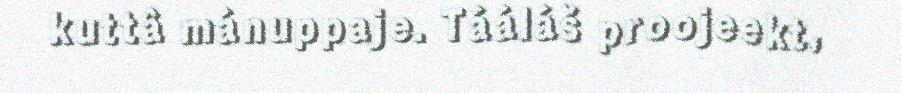
kuttâ mánuppaje. Tááláš proojeekt,